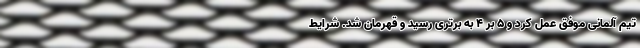
تیم آلمانی موفق عمل کرد و 5 بر 4 به برتری رسید و قهرمان شد. شرایط